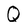
Character: Q